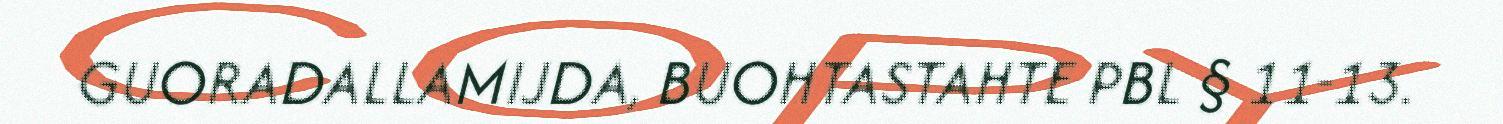
GUORADALLAMIJDA, BUOHTASTAHTE PBL § 11-13.